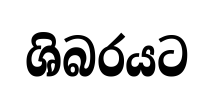
ශිබරයට